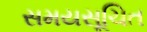
સમયસૂચિત